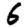
Digit: 6